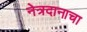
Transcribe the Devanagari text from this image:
नेत्रदानाचा